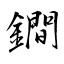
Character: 鐧